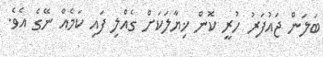
ބަލަން ޖައުފަރު ހުރީ ކޮން ޚިޔާލަކަށް ގެއްލި ފައި ކަމެއް ނޭގެ އެވެ.